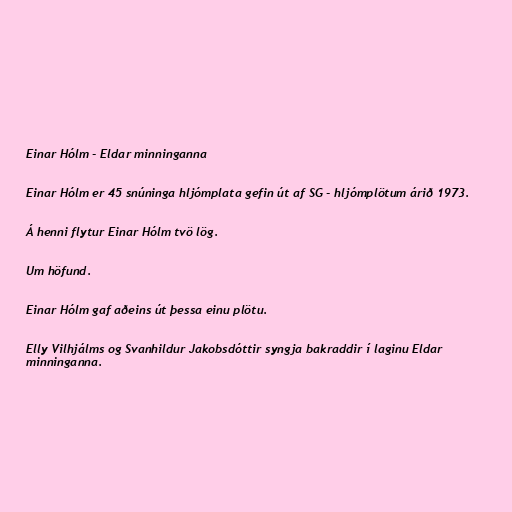
Einar Hólm - Eldar minninganna

Einar Hólm er 45 snúninga hljómplata gefin út af SG - hljómplötum árið 1973.

Á henni flytur Einar Hólm tvö lög.

Um höfund.

Einar Hólm gaf aðeins út þessa einu plötu.

Elly Vilhjálms og Svanhildur Jakobsdóttir syngja bakraddir í laginu Eldar
minninganna.